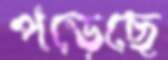
পড়েছে